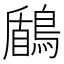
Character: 鶞